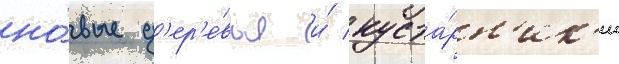
но́вые д'ер'е́вья и́ куста́рн'ик'и